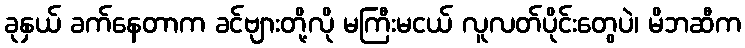
ခုနှယ် ခက်နေတာက ခင်ဗျားတို့လို မကြီးမငယ် လူလတ်ပိုင်းတွေပဲ၊ မိဘဆီက